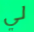
لي